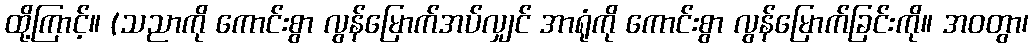
ထို့ကြာင့်။ (သညာကို ကောင်းစွာ လွန်မြောက်အပ်လျှင် အာရုံကို ကောင်းစွာ လွန်မြောက်ခြင်းကို။ အဝတွာ၊